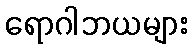
ရောဂါဘယများ